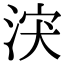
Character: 涋